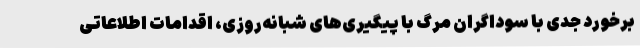
برخورد جدی با سوداگران مرگ با پیگیری‌های شبانه‌روزی، اقدامات اطلاعاتی